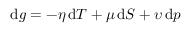
\mathrm { d } g = - \eta \, \mathrm { d } T + \mu \, \mathrm { d } S + \upsilon \, \mathrm { d } p